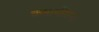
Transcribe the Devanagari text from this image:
कारागीरांनी